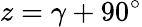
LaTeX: z=\gamma+90{}^{\circ}